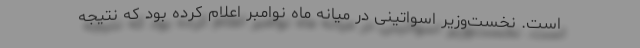
است. نخست‌وزیر اسواتینی در میانه ماه نوامبر اعلام کرده بود که نتیجه